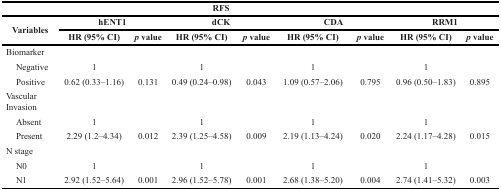
<table><thead><tr><td></td><td></td><td></td><td colspan="2"><b>RFS</b></td><td></td><td></td><td></td><td></td></tr><tr><td rowspan="2"><b>Variables</b></td><td colspan="2"><b>hENT1</b></td><td colspan="2"><b>dCK</b></td><td colspan="2"><b>CDA</b></td><td colspan="2"><b>RRM1</b></td></tr><tr><td><b>HR (95% CI)</b></td><td><b><i>p</i> value</b></td><td><b>HR (95% CI)</b></td><td><b><i>p</i> value</b></td><td><b>HR (95% CI)</b></td><td><b><i>p</i> value</b></td><td><b>HR (95% CI)</b></td><td><b><i>p</i> value</b></td></tr></thead><tbody><tr><td>Biomarker</td><td></td><td></td><td></td><td></td><td></td><td></td><td></td><td></td></tr><tr><td> Negative</td><td>1</td><td></td><td>1</td><td></td><td>1</td><td></td><td>1</td><td></td></tr><tr><td> Positive</td><td>0.62 (0.33–1.16)</td><td>0.131</td><td>0.49 (0.24–0.98)</td><td>0.043</td><td>1.09 (0.57–2.06)</td><td>0.795</td><td>0.96 (0.50–1.83)</td><td>0.895</td></tr><tr><td>Vascular Invasion</td><td></td><td></td><td></td><td></td><td></td><td></td><td></td><td></td></tr><tr><td> Absent</td><td>1</td><td></td><td>1</td><td></td><td>1</td><td></td><td>1</td><td></td></tr><tr><td> Present</td><td>2.29 (1.2–4.34)</td><td>0.012</td><td>2.39 (1.25–4.58)</td><td>0.009</td><td>2.19 (1.13–4.24)</td><td>0.020</td><td>2.24 (1.17–4.28)</td><td>0.015</td></tr><tr><td>N stage</td><td></td><td></td><td></td><td></td><td></td><td></td><td></td><td></td></tr><tr><td> N0</td><td>1</td><td></td><td>1</td><td></td><td>1</td><td></td><td>1</td><td></td></tr><tr><td> N1</td><td>2.92 (1.52–5.64)</td><td>0.001</td><td>2.96 (1.52–5.78)</td><td>0.001</td><td>2.68 (1.38–5.20)</td><td>0.004</td><td>2.74 (1.41–5.32)</td><td>0.003</td></tr></tbody></table>